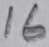
Text: 16